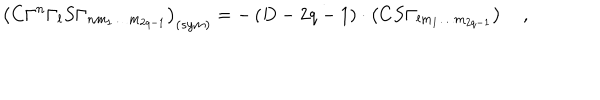
\left( C \Gamma ^ { n } \Gamma _ { l } S \Gamma _ { n m _ { 1 } \ldots m _ { 2 q - 1 } } \right) _ { \left( s y m \right) } = - \left( D - 2 q - 1 \right) \cdot \left( C S \Gamma _ { l m _ { 1 } \ldots m _ { 2 q - 1 } } \right) \quad ,